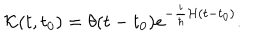
{ \cal { K } } ( t , t _ { 0 } ) = \theta ( t - t _ { 0 } ) e ^ { - \frac { i } { \hbar } { \cal { H } } ( t - t _ { 0 } ) } .